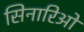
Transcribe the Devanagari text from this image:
सिनारिओ